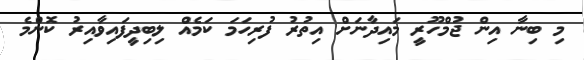
މި ބިނާ އިން ޖުމްހޫރީ މައިދާނަށް އިތުރު ފުރިހަމަ ކަމެއް ލިބިދީފައިވާއިރު ކޮންމެ